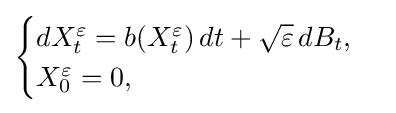
{\begin{cases}dX_{t}^{\varepsilon }=b(X_{t}^{\varepsilon })\,dt+{\sqrt {\varepsilon }}\,dB_{t},\\X_{0}^{\varepsilon }=0,\end{cases}}